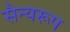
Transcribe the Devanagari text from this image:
सैन्यरूप